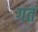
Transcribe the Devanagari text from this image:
गतं